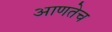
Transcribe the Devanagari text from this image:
आणतेच